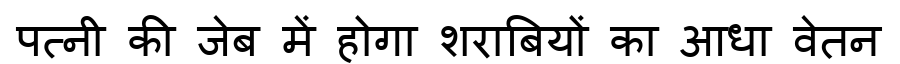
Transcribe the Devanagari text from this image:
पत्नी की जेब में होगा शराबियों का आधा वेतन